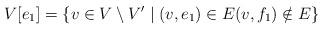
LaTeX: \begin{align*} V[e_1]=\{v\in V\setminus V'\mid (v,e_1)\in E (v,f_1)\notin E\} \end{align*}